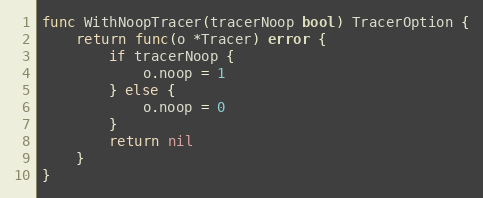
Language: Go
func WithNoopTracer(tracerNoop bool) TracerOption {
	return func(o *Tracer) error {
		if tracerNoop {
			o.noop = 1
		} else {
			o.noop = 0
		}
		return nil
	}
}